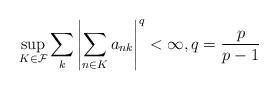
LaTeX: \begin{align*}\sup_{K \in \mathcal{F}} \sum\limits_{k}\left| \sum\limits_{n \in K} a_{nk}\right|^{q} < \infty, q=\frac{p}{p-1}\end{align*}